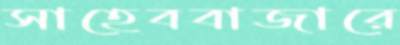
সাহেববাজারে